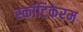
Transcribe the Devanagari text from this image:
स्कॉटिकेरम